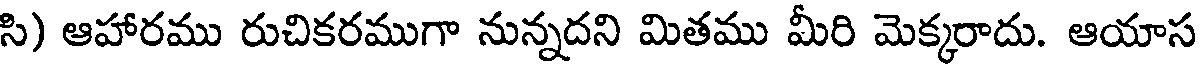
సి) ఆహారము రుచికరముగా నున్నదని మితము మీరి మెక్కరాదు. ఆయాస